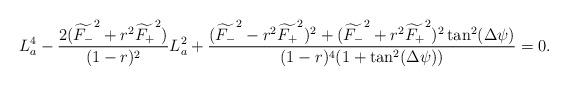
LaTeX: \begin{align*}L_a^4-\frac{2(\widetilde{F_-}^2+r^2\widetilde{F_+}^2)}{(1-r)^2}L_a^2+\frac{(\widetilde{F_-}^2-r^2\widetilde{F_+}^2)^2+(\widetilde{F_-}^2+r^2\widetilde{F_+}^2)^2\tan^2(\Delta\psi)}{(1-r)^4(1+\tan^2(\Delta\psi))}=0.\end{align*}